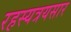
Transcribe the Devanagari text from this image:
रहस्यत्रयसार